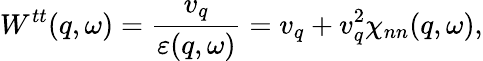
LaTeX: W^{tt}(q,\omega)=\frac{v_{q}}{\varepsilon(q,\omega)}=v_{q}+v_{q}^{2}\chi_{nn}(q,\omega),